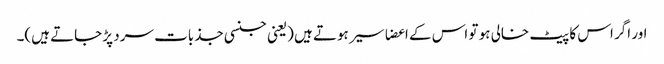
اور اگر اس کا پیٹ خالی ہو تو اس کے اعضا سیر ہوتے ہیں (یعنی جنسی جذبات سرد پڑ جاتے ہیں)۔